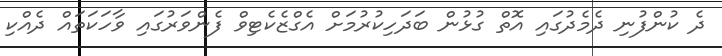
ދެ ކުންފުނި ދެމެދުގައި އޮތް ގުޅުން ބަދަހިކުރުމަށް އެގްޒެކެޓިވް ފެންވަރުގައި ވާހަކަތައް ދެއްކި